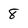
Character: 8